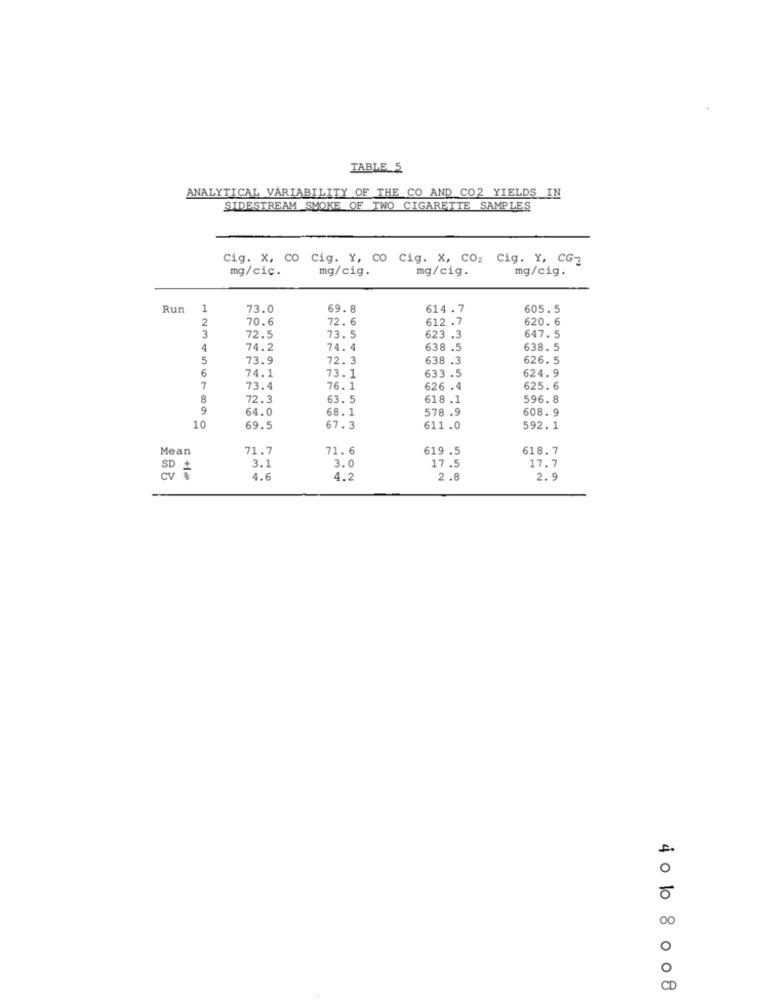
TABLE 5
ANALYTICAL VARIABILITY OF THE CO AND CO2 YIELDS IN
SIDESTREAM SMOKE OF TWO CIGARETTE SAMPLES
Cig. x, co Cig. Y, co Cig. X, CO2 Cig. Y, CG=
mg/cic.
mg/cig.
mg/cig.
mg/cig.
Run
1
73.0
69.8
614.7
605.5
2
70.6
72. 6
612 .7
620. 6
3
72.5
73.5
623 .3
647. 5
4
74.2
74.4
638 .5
638. 5
5
73.9
72.3
638 .3
626.5
6
74.1
624.9
73.1
633 .5
7
73.4
76. 1
626 .4
625. 6
8
72.3
63. 5
618 .1
596.8
9
64.0
68.1
578 .9
608. 9
10
59.5
67.3
611.0
592. 1
Mean
71.7
71.6
619 .5
618.7
17.5
SD
3.1
3.0
17.7
+1 de
4.6
4.2
2.8
2.9
00
O
CD
40 10 8 0 08